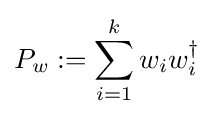
P_{w}:=\sum _{i=1}^{k}w_{i}w_{i}^{\dagger }